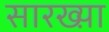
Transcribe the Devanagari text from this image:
सारख्य़ा